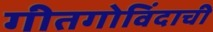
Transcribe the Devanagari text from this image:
गीतगोविंदाची